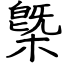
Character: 槩